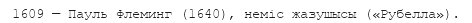
1609 — Пауль Флеминг (1640), неміс жазушысы («Рубелла»).